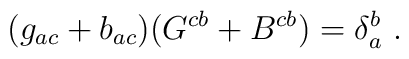
(g_{ac}+b_{ac})(G^{cb} + B^{cb})=\delta^b_a\ .